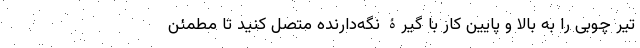
تیر چوبی را به بالا و پایین کار با گیرۀ نگه‌دارنده متصل کنید تا مطمئن